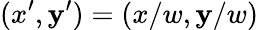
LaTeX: (x^{\prime},\mathbf{y}^{\prime})=(x/w,\mathbf{y}/w)